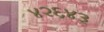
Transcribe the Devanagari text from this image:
४२६४३